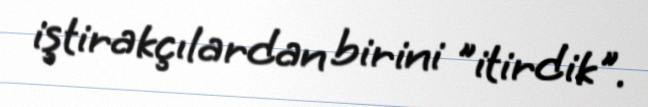
iştirakçılardan birini "itirdik".